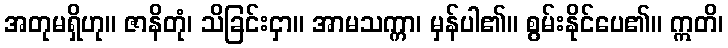
အတုမရှိဟု။ ဇာနိတုံ၊ သိခြင်းငှာ။ အာမသက္ကာ၊ မှန်ပါ၏။ စွမ်းနိုင်ပေ၏။ ဣတိ၊